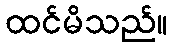
ထင်မိသည်။